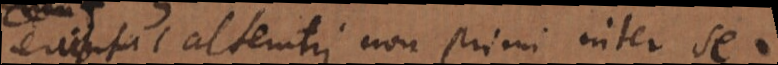
erunt alterutri non primi inter se